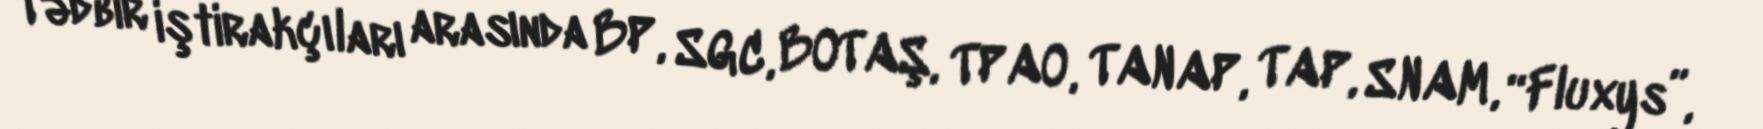
Tədbir iştirakçıları arasında BP, SGC, BOTAŞ, TPAO, TANAP, TAP, SNAM, “Fluxys”,